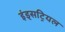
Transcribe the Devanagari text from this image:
इंड्सट्रियल